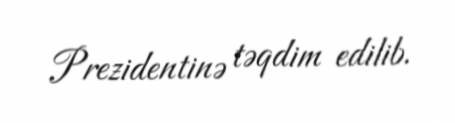
Prezidentinə təqdim edilib.